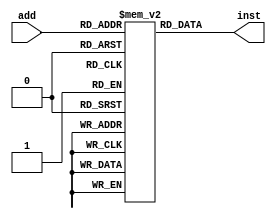
module instreg(add,inst);
    input [7:0] add;
    output [15:0] inst;
    reg [15:0] mem[255:0];
    assign inst = mem[add];
endmodule